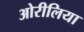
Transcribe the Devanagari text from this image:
ओरीलिया